Civil Veterinary Department. United Provinces 1912-22 - 1912-1922
Year: 1912
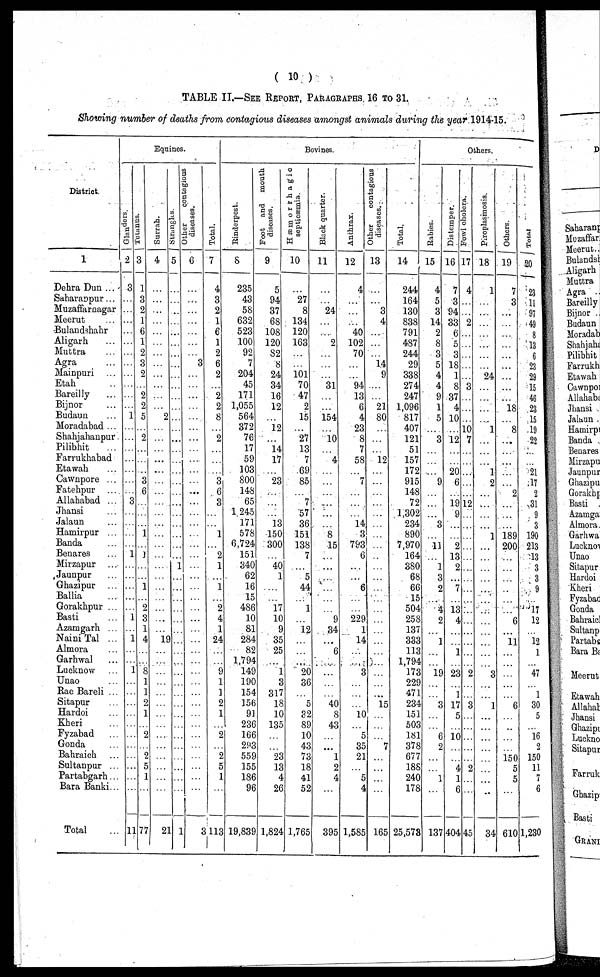
( 10 )
TABLE II.—SEE REPORT, PARAGRAPHS16 TO 31.
Showing number of deaths from contagious diseases amongst animals during the year 1914-15.
District.
1
Dehra Dun ...
Saharanpur...
Muzaffarnagar
Meerut …
Bulandshahr
Aligarh …
Muttra …
Agra …
Mainpuri …
Etah …
Bareilly …
Bijnor …
Budaun …
Moradabad ...
Shahjhanpur
Pilibhit …
Farrukhabad
Etawah …
Cawnpore ...
Fatchpur …
Allahabad ...
Jhansi …
Jalaun …
Hamirpur …
Banda …
Benares …
Mirzapur …
Jaunpur …
Ghazipur …
Ballia …
Gorakhpur ...
Basti …
Azamgarh ...
Naini Tal ...
Almora …
Garhwal …
Lucknow …
Unao …
Rae Bareli …
Sitapur …
Hardoi …
Kheri …
Fyzabad …
Gonda …
Bahraich …
Sultanpur ...
Partabgarh...
Bara Banki …
Total …
Equines.
Glanders
2
3
…
…
…
…
…
…
…
…
…
…
…
1
...
…
...
…
…
…
…
3
…
…
…
…
1
…
…
…
…
…
1
…
1
…
…
1
…
…
…
…
…
…
…
…
…
…
…
11
Temnns
3
1
3
2
1
6
1
2
3 2
…
2
2
5
…
2
…
…
…
3
6
…
…
…
1
…
1
…
…
1
…
2
3
1
4
…
…
8
1
1
2
1
…
2
…
2
5
1
…
77
Surrah.
4
…
...
...
…
...
...
...
...
…
…
…
…
2
…
…
...
...
…
...
…
…
…
…
…
…
...
…
…
…
…
…
…
...
19
…
…
…
…
…
…
…
…
…
...
…
...
…
…
21
Stranghs
5
…
…
…
…
… ...
…
...
...
…
…
...
...
…
...
…
…
…
...
…
…
…
…
…
…
…
1
…
…
…
…
…
…
…
…
…
…
…
…
…
…
…
…
…
…
…
…
…
1
Other
contagious
discuses.
6
…
…
…
…
…
…
…
3
…
…
…
…
…
…
…
…
…
…
…
...
…
…
…
…
…
…
…
…
…
…
…
…
…
…
…
…
…
…
…
…
...
…
…
…
…
…
…
…
3
Total.
7
4
3
2
1
6
1
2
6
2
…
2
2
8
…
2
…
…
…
3
6
3
…
…
1
…
2
1
…
1
…
2
4
1
24
…
…
9
1
1
2
1
… 2
…
2
5
1
…
113
Bovines.
Rinderpest.
8
235
43
58
632
523
100
92
7
204
45
171
1,055
564
372
76
17
59
103
800
148
65
1 245
171
578
6,724
151
340
62
16
15
486
10
81
284
82
1,794
149
190
154
156
91
236
166
293
559
155
186
96
19,839
Foot and
mouth
diseases.
9
5
94
37
68
108
120
82
8
24
34
16
12
…
12
…
14
17
…
23
…
...
…
…
150
300
...
40
1
…
…
17
10
9
35
25
...
1
3
317
18
10
135
…
…
23
13
4
26
1,824
Hæmorrhagic
septicæmia.
10
…
27
8
134
120
163
...
...
101
70
47
2
15
…
27
13
…
69
85
…
7
57
36
151
138
7
…
5
44
…
1
…
12
…
…
…
20
36
...
5
32
89
10
43
73
18
41
52
1,765
Black quarter.
11
…
…
24
…
…
2
…
...
…
31
…
…
154
…
10
…
4
…
…
…
…
…
…
8
15
…
…
…
…
…
…
9
34
…
6
…
…
…
…
40
8
43
…
…
1
2
4
…
395
Anthrax.
12
4
…
…
…
40
102
70
…
…
94
13
6
4
23
8
7
58
…
7
…
…
…
14
3
793
6
…
…
6
…
…
229
1
14
…
…
3
…
…
...
10
…
5
35
21
…
5
4
1,585
Other
contagious
diseases.
13
…
…
3
4
…
…
…
14
9
…
…
21
80
…
…
…
12
…
…
…
…
…
…
…
…
…
…
…
…
…
…
...
…
…
…
…
…
…
…
15
…
…
…
7
…
…
…
…
165
Total.
14
244
164
130
838
791
487
244
29
338
274
247
1,096
817
407
121
51
157
172
915
148
72
1,302
234
890
7,970
164
380
68
66
15
504
258
137
333
113
1,794
173
229
471
234
151
503
181
378
677
188
240
178
25,573
Others.
Rabies.
15
4
5
3
14
2
8
3
5
4
4
9
1
5
…
3
…
…
…
9
…
...
…
3
…
11
…
1
3
2
…
4
2
…
1
…
…
19
…
…
3
…
…
6
2
…
…
…
…
137
Distemper.
16
7
3
94
33
6
5
3
18
1
8
37
4
10
…
12
…
…
20
6
19
9
...
2
13
9
…
7
…
13
4
…
…
1
…
23
…
1
17
5
…
10
…
…
4
1
6
404
Fowl cholera.
17
4
…
...
2
…
…
…
…
…
3
…
…
…
10
7
…
…
…
… …
…
12
…
…
…
…
…
…
…
…
…
…
…
…
…
…
…
2
…
…
3
…
…
…
...
...
2
4 5
Piroplasinosis.
18
1
…
…
…
…
…
…
…
24
…
…
…
…
1
…
…
…
1
2
…
…
…
…
1
…
…
…
…
…
…
…
…
…
…
…
…
3
…
…
1
…
…
…
...
…
…
…
…
34
Others.
19
7
3
…
…
…
…
…
…
…
…
…
18
…
8
…
…
…
…
…
2
…
…
…
189
200
…
…
…
…
…
…
6
…
11
…
…
…
…
…
6
…
…
…
…
150
5
5
…
610
Total
20
23
11
97
49
8
13
6
23
29
15
46
23
15
19
22
…
…
21
17
9
31
9
3
190
213
13
3
3
9
…
17
12
…
12
1
…
47
…
1
30
5
…
16
2
150
11
7
6
1,230